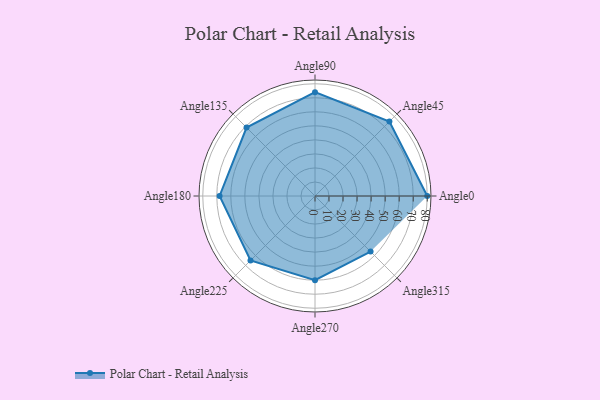
{"axis": {"x": "Angle", "y": "Radius"}, "legend": [""], "data": [{"x": "Angle0", "y": 80.0, "type": ""}, {"x": "Angle45", "y": 75.0, "type": ""}, {"x": "Angle90", "y": 74.0, "type": ""}, {"x": "Angle135", "y": 69.0, "type": ""}, {"x": "Angle180", "y": 68.0, "type": ""}, {"x": "Angle225", "y": 65.0, "type": ""}, {"x": "Angle270", "y": 60.0, "type": ""}, {"x": "Angle315", "y": 56.0, "type": ""}]}